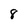
Character: 8